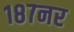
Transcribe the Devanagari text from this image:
१८७नर